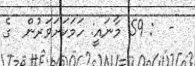
-  : 59 މާނައީ: ހަމަކަށަވަރުން  ގެ